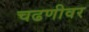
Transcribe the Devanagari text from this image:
चढणीवर